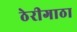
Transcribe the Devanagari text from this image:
ठेरीगाठा